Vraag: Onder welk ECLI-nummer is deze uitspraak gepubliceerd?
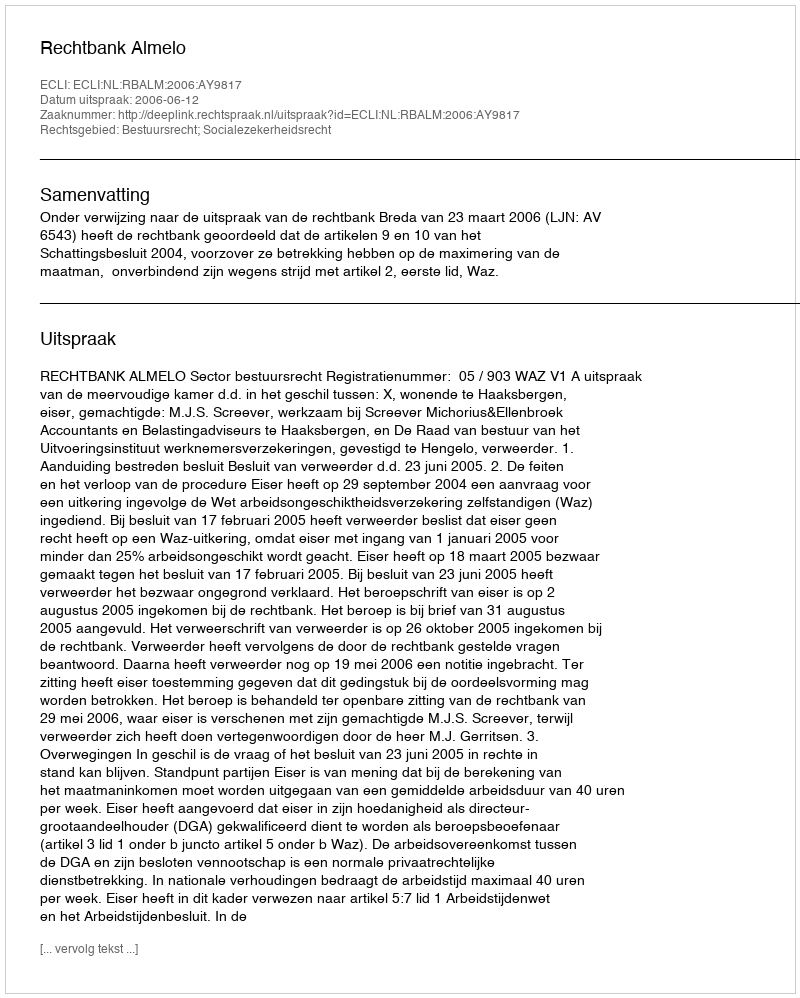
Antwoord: ECLI:NL:RBALM:2006:AY9817